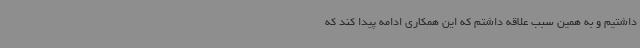
داشتیم و به همین سبب علاقه داشتم که این همکاری ادامه پیدا کند که